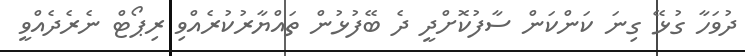
ދުވަހާ ގުޅޭ ގިނަ ކަންކަން ސާފުކޮށްދީ ދެ ބޭފުޅުން ތައްޔާރުކުރެއްވި ރިޕޯޓް ނެރެދެއްވީ